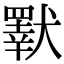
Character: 𤢕